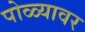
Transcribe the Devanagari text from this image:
पोळ्यावर